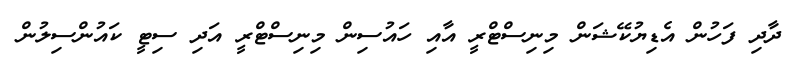
ދާދި ފަހުން އެޑިޔުކޭޝަން މިނިސްޓްރީ އާއި ހައުސިން މިނިސްޓްރީ އަދި ސިޓީ ކައުންސިލުން